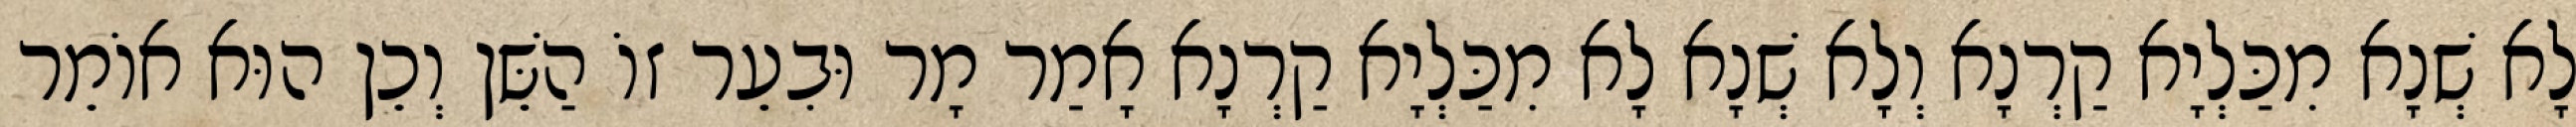
לָא שְׁנָא מִכַּלְיָא קַרְנָא וְלָא שְׁנָא לָא מִכַּלְיָא קַרְנָא אָמַר מָר וּבִעֵר זוֹ הַשֵּׁן וְכֵן הוּא אוֹמֵר